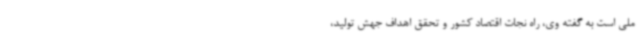
ملی است به گفته وی، راه نجات اقتصاد کشور و تحقق اهداف جهش تولید،